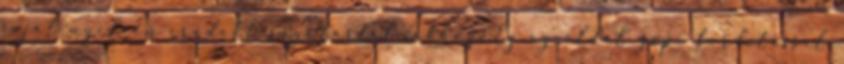
saját nyelvén íródott súgótartalmakhoz. Ez az oldal gépi fordítással